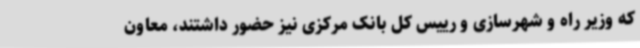
که وزیر راه و شهرسازی و رییس کل بانک مرکزی نیز حضور داشتند، معاون